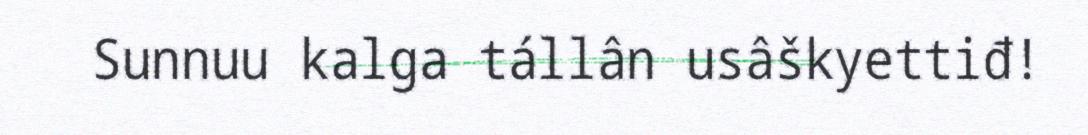
Sunnuu kalga tállân usâškyettiđ!